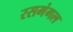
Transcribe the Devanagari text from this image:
रसमंगल